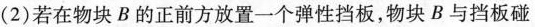
(2)若在物块B的正前方放置一个弹性挡板，物块B与挡板碰